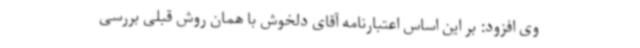
وی افزود: بر این اساس اعتبارنامه آقای دلخوش با همان روش قبلی بررسی